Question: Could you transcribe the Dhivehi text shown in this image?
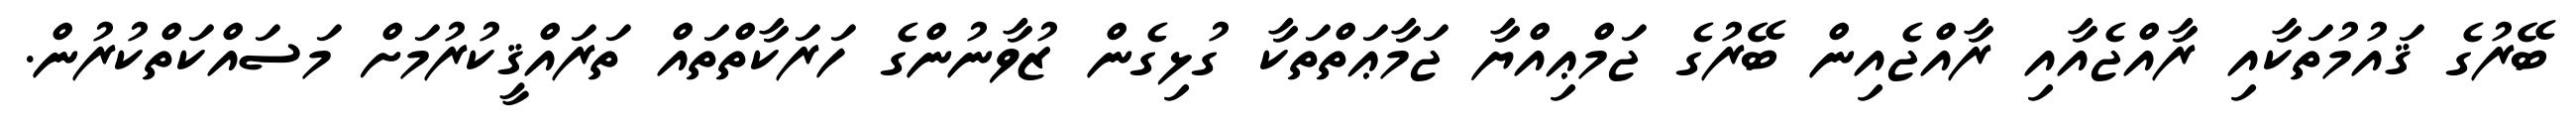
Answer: ބޭރުގެ ޤައުމުތަކާއި ރާއްޖެއާއި ރާއްޖެއިން ބޭރުގެ ޖަމްޢިއްޔާ ޖަމާޢަތްތަކާ ގުޅިގެން ޒުވާނުންގެ ހަރަކާތްތައް ތަރައްޤީކުރުމަށް މަސައްކަތްކުރުން.